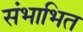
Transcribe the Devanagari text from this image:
संभाभित